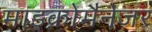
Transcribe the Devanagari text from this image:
माइक्रोमैनेजर